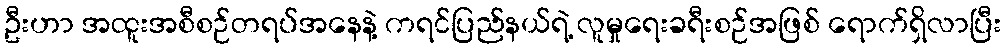
ဦးဟာ အထူးအစီစဉ်တရပ်အနေနဲ့ ကရင်ပြည်နယ်ရဲ့ လူမှုရေးခရီးစဉ်အဖြစ် ရောက်ရှိလာပြီး